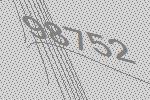
98752